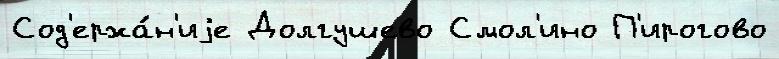
Сод'ержа́н'иjе Долгушево Смол'ино П'ирогово